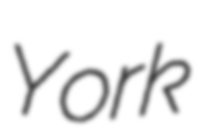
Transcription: York